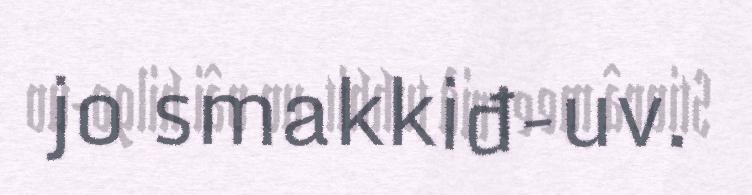
jo smakkiđ-uv.